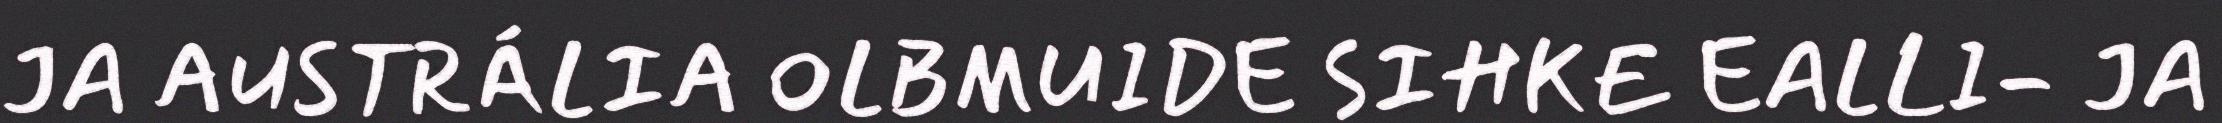
JA AUSTRÁLIA OLBMUIDE SIHKE EALLI- JA